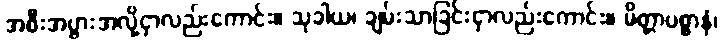
အစီးအပွားအလို့ငှာလည်းကောင်း။ သုခါယ၊ ချမ်းသာခြင်းငှာလည်းကောင်း။ မိတ္တာပစ္စာနံ၊